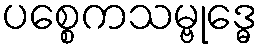
ပစ္စေကသမ္ဗုဒ္ဓေ